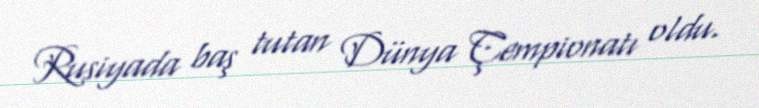
Rusiyada baş tutan Dünya Çempionatı oldu.